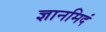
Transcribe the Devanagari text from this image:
ज्ञानमिदं